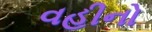
વહીનો